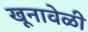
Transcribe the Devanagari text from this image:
खूनावेळी